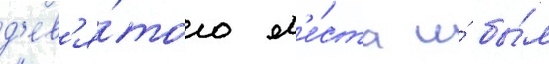
д'ев'я́того м'е́ста и́ бы́л